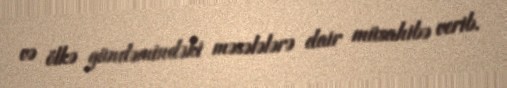
və ölkə gündəmindəki məsələlərə dair müsahibə verib.